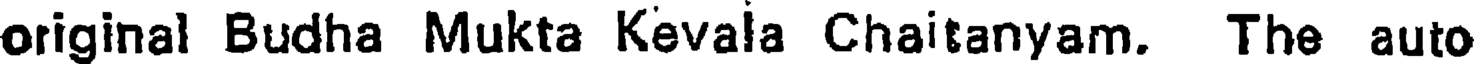
original Budha Mukta Kevala Chaitanyam. The auto